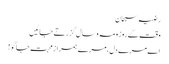
رضیہ سبحان
وقت کے روز و مہ و سال گزرتے جائیں
اے مرے دل،مرے ہمرازِ محبت جاگو !